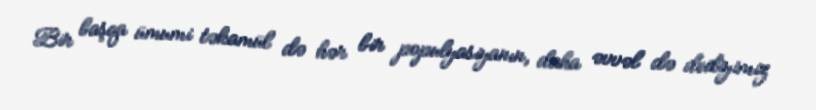
Bir başqa ümumi təkamül də hər bir populyasiyanın, daha əvvəl də dediyimiz